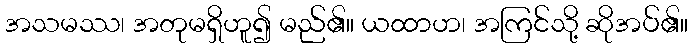
အသမဿ၊ အတုမရှိဟူ၍ မည်၏။ ယထာဟ၊ အကြင်သို့ ဆိုအပ်၏။